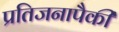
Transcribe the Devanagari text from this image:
प्रतिजनापैकी